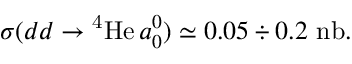
\sigma ( d d \rightarrow \mathrm { ^ 4 H e } \, a _ { 0 } ^ { 0 } ) \simeq 0 . 0 5 \div 0 . 2 ~ \mathrm { n b } .